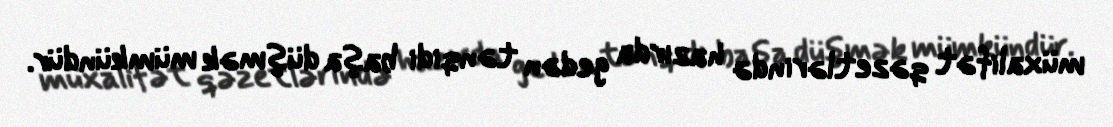
müxalifət qəzetlərində hazırda gedən tənqidi başa düşmək mümkündür.